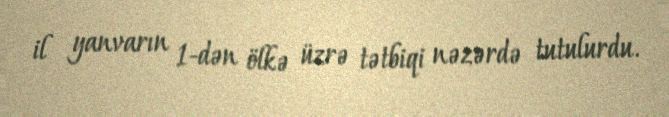
il yanvarın 1-dən ölkə üzrə tətbiqi nəzərdə tutulurdu.